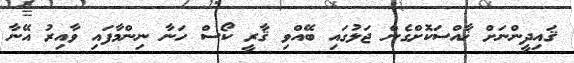
ޤައިދީންނަށް ޚާއްސަކޮށްގެން ޖަލުގައި ބޭއްވި ޤާރީ ކޯސް ހަނާ ނިންމާފައި ވާއިރު އޭނާ